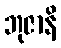
ဘုဇာနိ